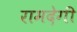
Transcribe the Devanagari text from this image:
रामदेगी